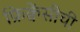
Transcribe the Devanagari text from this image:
फ्रिक्वेंसीची